system: You are a helpful assistant.
user:
Analyze the provided spectrum to determine if it is a **"Cataclysmic Variables (CV)"**.

- **Key Indicators for CV (Check for either state):**
    - **State 1: Quiescent / Low-State (Emission-Dominated)**
        - **(Primary):** Strong and *very broad* Hydrogen Balmer emission lines (e.g., $H\alpha$ at 6563 Å, $H\beta$ at 4861 Å). The 'broadness' (high velocity dispersion, often FWHM > 1000 km/s) is the key diagnostic, indicating a high-velocity accretion disk.
        - **(Secondary):** Broad neutral Helium (He I) emission lines (e.g., 5876 Å, 6678 Å).
        - **(Key Confirmation):** Presence of high-excitation *ionized* Helium (He II) emission at 4686 Å. This is a strong indicator of accretion onto a white dwarf.
        - **(Line Profile):** Emission lines may exhibit a 'double-peaked' profile, which is a classic signature of a rotating accretion disk viewed at high inclination.

    - **State 2: Outburst / High-State (Absorption-Dominated)**
        - **(Primary):** Spectrum is dominated by a bright, blue continuum (looks like a hot star).
        - **(Secondary):** The emission lines from State 1 are weak, absent, or 'filled in', and are replaced by broad, shallow *absorption* lines (primarily Balmer and He I).
        - **(Morphology):** The overall spectrum mimics a hot B/A-type star. The crucial difference is that the absorption lines are significantly broader, shallower, and more 'washed-out' (or 'smeared') than the sharp lines of a normal stellar photosphere, due to high rotational speeds and pressure broadening in the disk.

Think first, call **spectral_visualization_tool** if needed to examine features in detail, then provide your final answer. Your response must adhere to the following strict rules:
1.  **Overall Structure:** Your response must follow the format `<think>...</think> <tool_call>...</tool_call> (if a tool is used) <answer>...</answer>`.
2.  **Tool Usage Constraint:** You may only make **one** tool call per turn.
3.  **Final Answer Format:** In the `<answer>` tag, your conclusion must be inside a `\boxed{}` command (e.g., `\boxed{YES}`), followed by your justification.

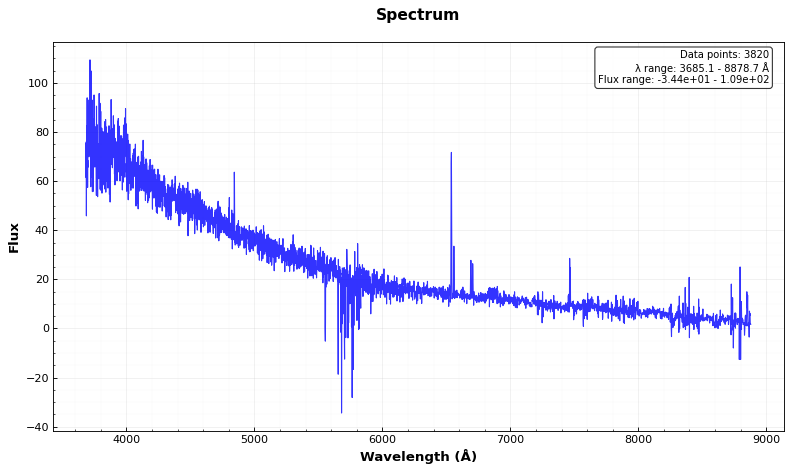
Answer: NO